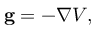
\mathbf { g } = - \nabla V ,